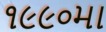
૧૯૯૦મા